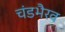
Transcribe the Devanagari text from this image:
चंडभैरव